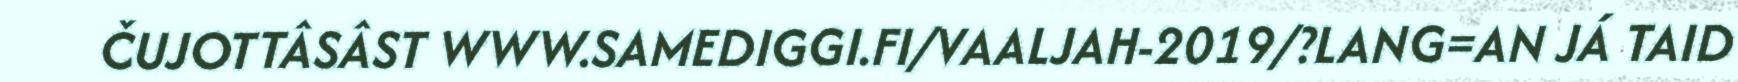
ČUJOTTÂSÂST WWW.SAMEDIGGI.FI/VAALJAH-2019/?LANG=AN JÁ TAID